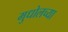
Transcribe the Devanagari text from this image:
मुधोलच्या